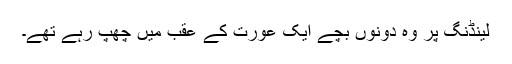
لینڈنگ پر وہ دونوں بچے ایک عورت کے عقب میں چھپ رہے تھے۔